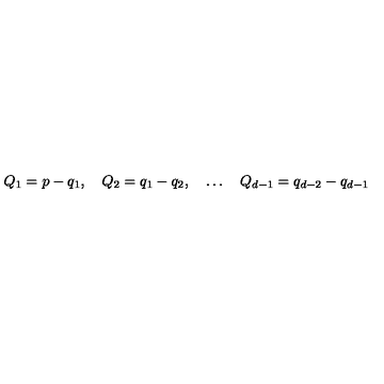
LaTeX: Q _ { 1 } = p - q _ { 1 } , \quad Q _ { 2 } = q _ { 1 } - q _ { 2 } , \quad \ldots \quad Q _ { d - 1 } = q _ { d - 2 } - q _ { d - 1 }